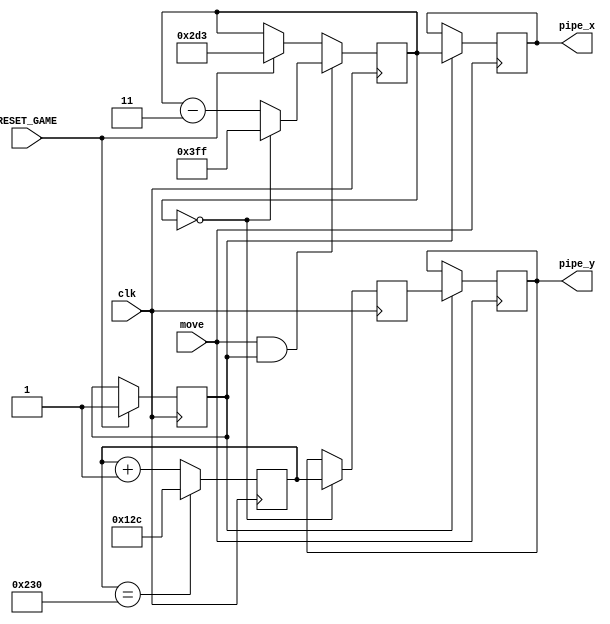

module pipe_generator2(input wire clk,
                      input wire move,
							 input wire RESET_GAME,
							 output wire [10:0]  pipe_x,
						    output wire [10:0]  pipe_y);
		
		reg [10:0] px_next;
		reg [10:0] py_next;
		reg [10:0] px;
		reg [10:0] py;
		reg [10:0] y_random;
		
		reg        start_game;
		
		initial begin
			px = 11'd723;
			py = 11'd420;
			y_random = 11'd300;
			start_game = 1'b0;
		end	
		
		always @(posedge clk) begin
			if(RESET_GAME) begin
			  px_next <= 11'd723;
			  start_game <= 1'b1;
			end
			
			if(move && start_game) begin
				px_next <= (px_next == 11'd0) ? 11'd1023 : px_next - 11'd3;
			end
		
			y_random <= (y_random == 11'd560) ? 11'd300 : (y_random + 11'd1);
			py_next  <= (px_next == 11'd0) ? y_random : py;
		end	
		
		always @(posedge move) begin		
			if(start_game == 1'b1) begin
				px <= px_next;
				py <= py_next;
			end
		end
	
		assign pipe_x = px;
		assign pipe_y = py;

endmodule